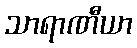
သာရာဏီယာ